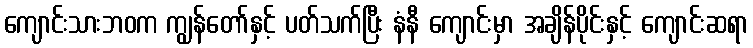
ကျောင်းသားဘဝက ကျွန်တော်နှင့် ပတ်သက်ပြီး နံနီ ကျောင်းမှာ အချိန်ပိုင်းနှင့် ကျောင်းဆရာ